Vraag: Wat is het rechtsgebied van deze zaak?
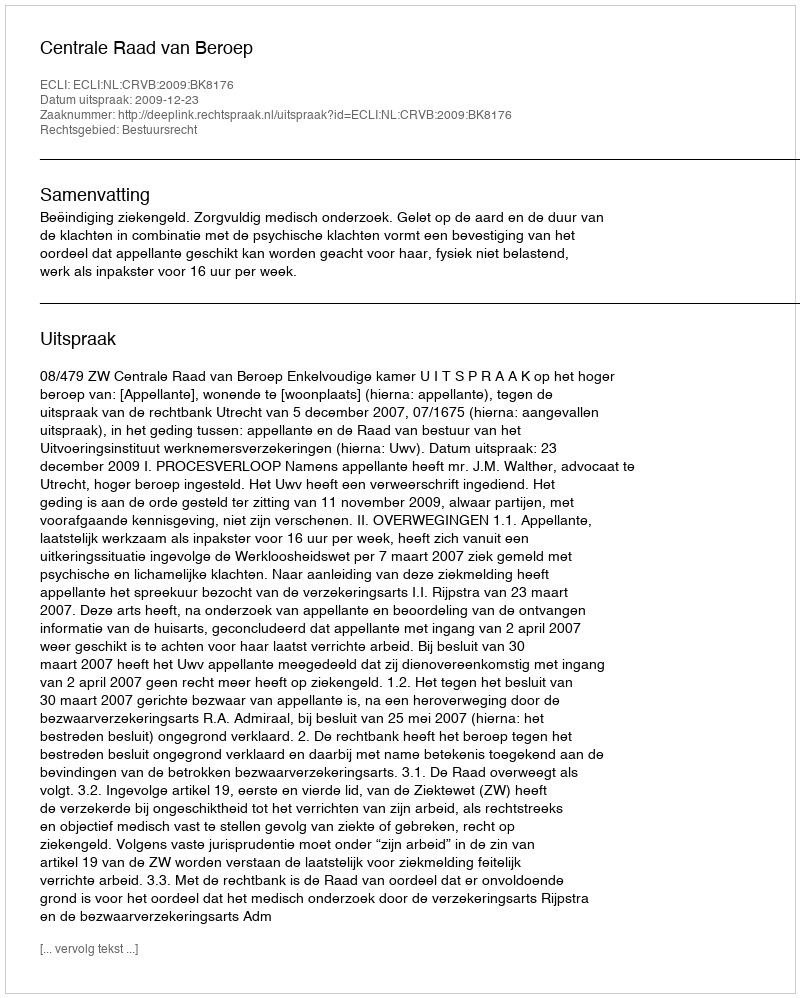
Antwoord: Bestuursrecht